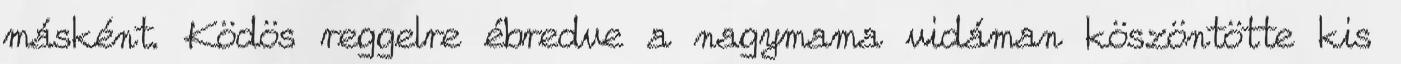
másként. Ködös reggelre ébredve a nagymama vidáman köszöntötte kis